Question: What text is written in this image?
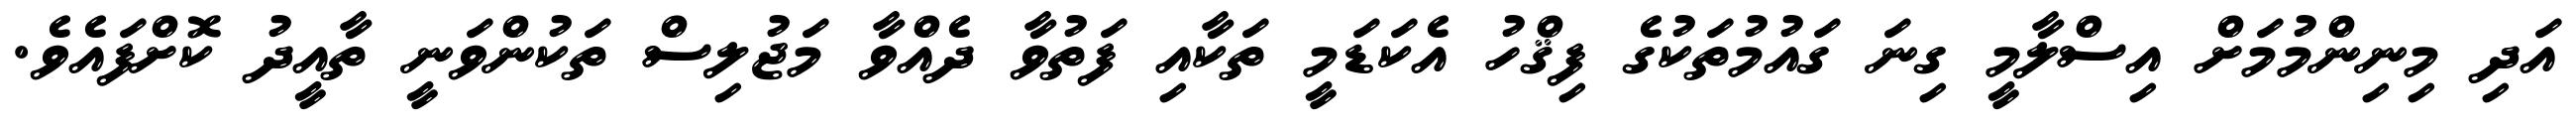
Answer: އަދި މިނިންމުމަށް އިސްލާމީ ގިނަ ގައުމުތަކުގެ ފިޤްހު އެކަޑަމީ ތަކާއި ފަތުވާ ދެއްވާ މަޖުލިސް ތަކުންވަނީ ތާއީދު ކޮށްފައެވެ.